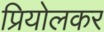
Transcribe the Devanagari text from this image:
प्रियोलकर